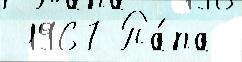
 1967 Па́па